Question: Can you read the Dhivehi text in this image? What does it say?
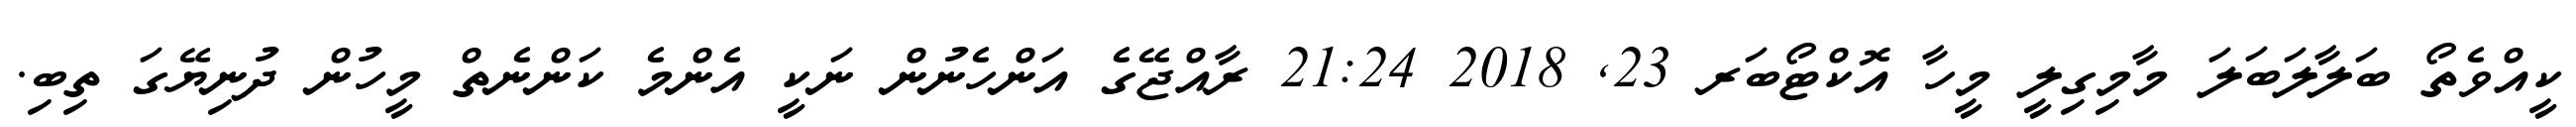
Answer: ކީއްވެތޯ ބަލާލަބަލަ މާމިގިލީ މީހާ އޮކްޓޯބަރ 23, 2018 21:24 ރާއްޖޭގެ އަންހެނުން ނަކީ އެންމެ ކަންނެތް މީހުން ދުނިޔޭގަ ތިބި.